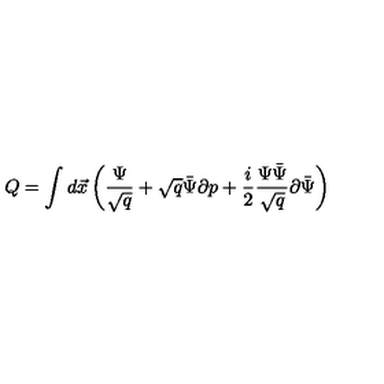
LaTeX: Q = \int d \vec { x } \left( \frac { \Psi } { \sqrt { q } } + \sqrt { q } \bar { \Psi } \partial p + \frac { i } { 2 } \frac { \Psi \bar { \Psi } } { \sqrt { q } } \partial \bar { \Psi } \right)